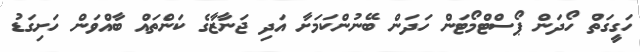
ހަގީގަތް ހޯދަން ޕޯސްޓްމޯޓަން ހަދަން ބޭނުންކަމަށާ އަދި ޖަނާޒާގެ ކަންތައް ބާއްވަން ހަށިގަޑު